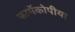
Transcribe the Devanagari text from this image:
फार्मेकोपीया